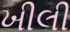
ખીલી